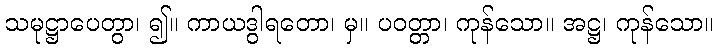
သမုဋ္ဌာပေတွာ၊ ၍။ ကာယဒွါရတော၊ မှ။ ပဝတ္တာ၊ ကုန်သော။ အဋ္ဌ၊ ကုန်သော။